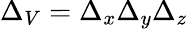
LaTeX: {\Delta_{V}=\Delta_{x}\Delta_{y}\Delta_{z}}